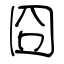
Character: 囧